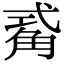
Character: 𮗫